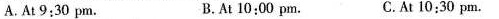
A.At 9:30 pm. B. At 10:00 pm. C.At 10:30 pm.